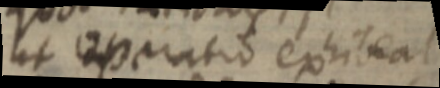
ut operatio exhibeat